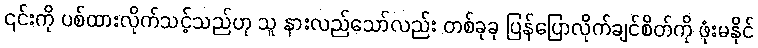
၎င်းကို ပစ်ထားလိုက်သင့်သည်ဟု သူ နားလည်သော်လည်း တစ်ခုခု ပြန်ပြောလိုက်ချင်စိတ်ကို ဖုံးမနိုင်